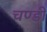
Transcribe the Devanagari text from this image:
चण्‍डी